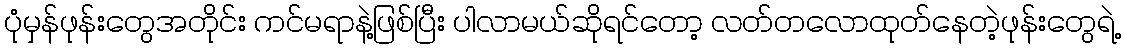
ပုံမှန်ဖုန်းတွေအတိုင်း ကင်မရာနဲ့ဖြစ်ပြီး ပါလာမယ်ဆိုရင်တော့ လတ်တလောထုတ်နေတဲ့ဖုန်းတွေရဲ့